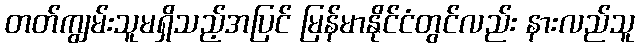
တတ်ကျွမ်းသူမရှိသည့်အပြင် မြန်မာနိုင်ငံတွင်လည်း နားလည်သူ